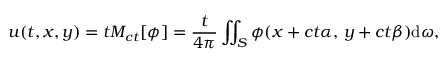
u ( t , x , y ) = t M _ { c t } [ \phi ] = { \frac { t } { 4 \pi } } \iint _ { S } \phi ( x + c t \alpha , \, y + c t \beta ) \mathrm { d } \omega ,